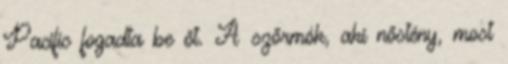
Pacific fogadta be őt. A szőrmók, aki nőstény, most